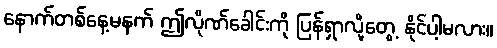
နောက်တစ်နေ့မနက် ဤလိုဏ်ခေါင်းကို ပြန်ရှာလို့တွေ့ နိုင်ပါ့မလား။